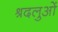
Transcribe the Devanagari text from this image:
श्रदलुओं